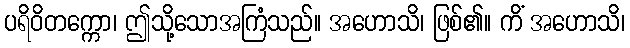
ပရိဝိတက္ကော၊ ဤသို့သောအကြံသည်။ အဟောသိ၊ ဖြစ်၏။ ကိံ အဟောသိ၊